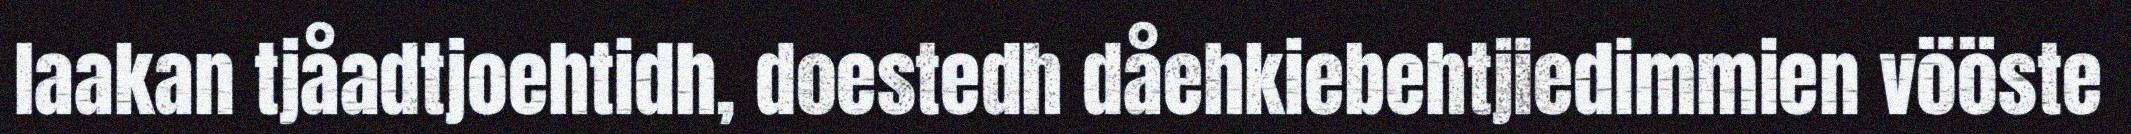
laakan tjåadtjoehtidh, doestedh dåehkiebehtjiedimmien vööste